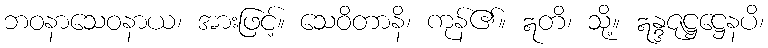
ဘဝနာသေဝနာယ၊ အားဖြင့်။ သေဝိတာနိ၊ ကုန်၏။ ဣတိ၊ သို့။ ဣန္ဒဇုဋ္ဌဋ္ဌေနပိ၊